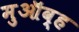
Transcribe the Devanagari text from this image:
मुऑव्ह